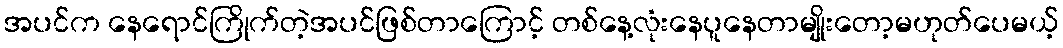
အပင်က နေရောင်ကြိုက်တဲ့အပင်ဖြစ်တာကြောင့် တစ်နေ့လုံးနေပူနေတာမျိုးတော့မဟုတ်ပေမယ့်